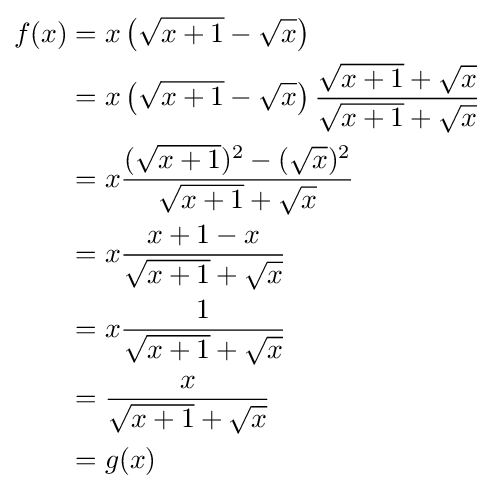
{\begin{alignedat}{4}f(x)&=x\left({\sqrt {x+1}}-{\sqrt {x}}\right)\\&=x\left({\sqrt {x+1}}-{\sqrt {x}}\right){\frac {{\sqrt {x+1}}+{\sqrt {x}}}{{\sqrt {x+1}}+{\sqrt {x}}}}\\&=x{\frac {({\sqrt {x+1}})^{2}-({\sqrt {x}})^{2}}{{\sqrt {x+1}}+{\sqrt {x}}}}\\&=x{\frac {x+1-x}{{\sqrt {x+1}}+{\sqrt {x}}}}\\&=x{\frac {1}{{\sqrt {x+1}}+{\sqrt {x}}}}\\&={\frac {x}{{\sqrt {x+1}}+{\sqrt {x}}}}\\&=g(x)\end{alignedat}}